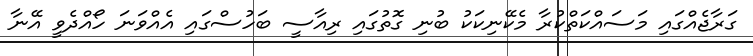
ގަރާޖެއްގައި މަސައްކަތްކުރާ މެކޭނިކަކު ބުނި ގޮތުގައި ރިއާސީ ބަހުސްގައި އެއްވަނަ ހޯއްދެވީ އޭނާ